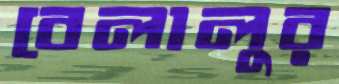
বেলালুর